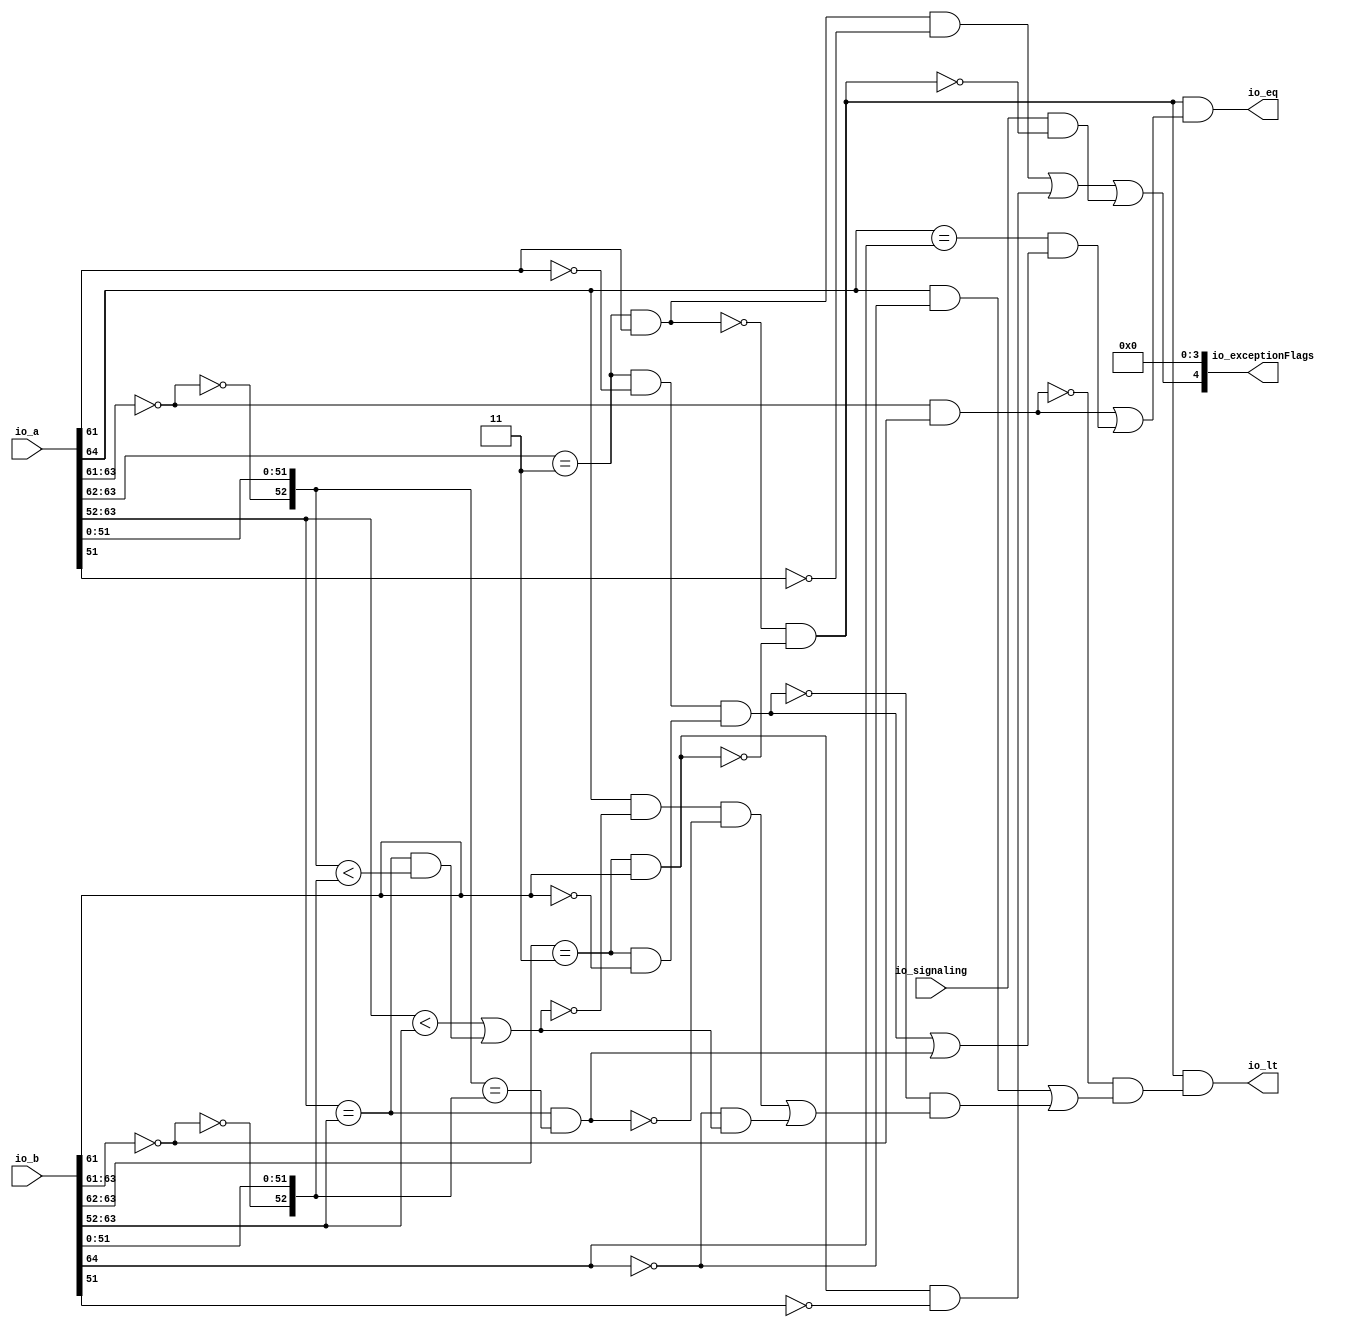
module CompareRecFN(
  input  [64:0] io_a,
  input  [64:0] io_b,
  input         io_signaling,
  output        io_lt,
  output        io_eq,
  output [4:0]  io_exceptionFlags
);
  wire [11:0] rawA_exp = io_a[63:52]; // @[rawFloatFromRecFN.scala 50:21]
  wire  rawA_isZero = rawA_exp[11:9] == 3'h0; // @[rawFloatFromRecFN.scala 51:54]
  wire  rawA_isSpecial = rawA_exp[11:10] == 2'h3; // @[rawFloatFromRecFN.scala 52:54]
  wire  rawA__isNaN = rawA_isSpecial & rawA_exp[9]; // @[rawFloatFromRecFN.scala 55:33]
  wire  rawA__isInf = rawA_isSpecial & ~rawA_exp[9]; // @[rawFloatFromRecFN.scala 56:33]
  wire  rawA__sign = io_a[64]; // @[rawFloatFromRecFN.scala 58:25]
  wire [12:0] rawA__sExp = {1'b0,$signed(rawA_exp)}; // @[rawFloatFromRecFN.scala 59:27]
  wire  _rawA_out_sig_T = ~rawA_isZero; // @[rawFloatFromRecFN.scala 60:39]
  wire [53:0] rawA__sig = {1'h0,_rawA_out_sig_T,io_a[51:0]}; // @[Cat.scala 31:58]
  wire [11:0] rawB_exp = io_b[63:52]; // @[rawFloatFromRecFN.scala 50:21]
  wire  rawB_isZero = rawB_exp[11:9] == 3'h0; // @[rawFloatFromRecFN.scala 51:54]
  wire  rawB_isSpecial = rawB_exp[11:10] == 2'h3; // @[rawFloatFromRecFN.scala 52:54]
  wire  rawB__isNaN = rawB_isSpecial & rawB_exp[9]; // @[rawFloatFromRecFN.scala 55:33]
  wire  rawB__isInf = rawB_isSpecial & ~rawB_exp[9]; // @[rawFloatFromRecFN.scala 56:33]
  wire  rawB__sign = io_b[64]; // @[rawFloatFromRecFN.scala 58:25]
  wire [12:0] rawB__sExp = {1'b0,$signed(rawB_exp)}; // @[rawFloatFromRecFN.scala 59:27]
  wire  _rawB_out_sig_T = ~rawB_isZero; // @[rawFloatFromRecFN.scala 60:39]
  wire [53:0] rawB__sig = {1'h0,_rawB_out_sig_T,io_b[51:0]}; // @[Cat.scala 31:58]
  wire  ordered = ~rawA__isNaN & ~rawB__isNaN; // @[CompareRecFN.scala 57:32]
  wire  bothInfs = rawA__isInf & rawB__isInf; // @[CompareRecFN.scala 58:33]
  wire  bothZeros = rawA_isZero & rawB_isZero; // @[CompareRecFN.scala 59:33]
  wire  eqExps = $signed(rawA__sExp) == $signed(rawB__sExp); // @[CompareRecFN.scala 60:29]
  wire  common_ltMags = $signed(rawA__sExp) < $signed(rawB__sExp) | eqExps & rawA__sig < rawB__sig; // @[CompareRecFN.scala 62:33]
  wire  common_eqMags = eqExps & rawA__sig == rawB__sig; // @[CompareRecFN.scala 63:32]
  wire  _ordered_lt_T_1 = ~rawB__sign; // @[CompareRecFN.scala 67:28]
  wire  _ordered_lt_T_9 = _ordered_lt_T_1 & common_ltMags; // @[CompareRecFN.scala 70:41]
  wire  _ordered_lt_T_10 = rawA__sign & ~common_ltMags & ~common_eqMags | _ordered_lt_T_9; // @[CompareRecFN.scala 69:74]
  wire  _ordered_lt_T_11 = ~bothInfs & _ordered_lt_T_10; // @[CompareRecFN.scala 68:30]
  wire  _ordered_lt_T_12 = rawA__sign & ~rawB__sign | _ordered_lt_T_11; // @[CompareRecFN.scala 67:41]
  wire  ordered_lt = ~bothZeros & _ordered_lt_T_12; // @[CompareRecFN.scala 66:21]
  wire  ordered_eq = bothZeros | rawA__sign == rawB__sign & (bothInfs | common_eqMags); // @[CompareRecFN.scala 72:19]
  wire  _invalid_T_2 = rawA__isNaN & ~rawA__sig[51]; // @[common.scala 82:46]
  wire  _invalid_T_5 = rawB__isNaN & ~rawB__sig[51]; // @[common.scala 82:46]
  wire  _invalid_T_8 = io_signaling & ~ordered; // @[CompareRecFN.scala 76:27]
  wire  invalid = _invalid_T_2 | _invalid_T_5 | _invalid_T_8; // @[CompareRecFN.scala 75:58]
  assign io_lt = ordered & ordered_lt; // @[CompareRecFN.scala 78:22]
  assign io_eq = ordered & ordered_eq; // @[CompareRecFN.scala 79:22]
  assign io_exceptionFlags = {invalid,4'h0}; // @[Cat.scala 31:58]
endmodule